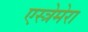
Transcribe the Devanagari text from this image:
एस्त्रेमेरा